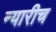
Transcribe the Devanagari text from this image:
न्यारीच